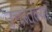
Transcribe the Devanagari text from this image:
उत्तरेतल्या